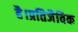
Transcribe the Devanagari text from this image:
है।प्रतिजैविक